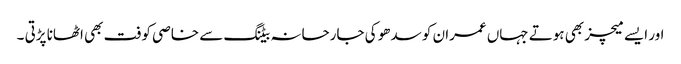
اور ایسے میچز بھی ہوتے جہاں عمران کو سدھو کی جارحانہ بیٹنگ سے خاصی کوفت بھی اٹھانا پڑتی ۔